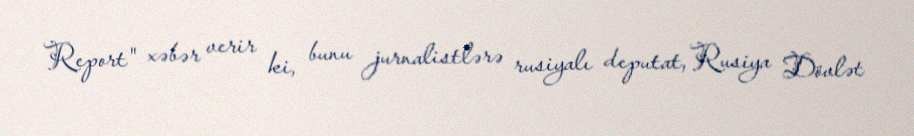
Report" xəbər verir ki, bunu jurnalistlərə rusiyalı deputat, Rusiya Dövlət